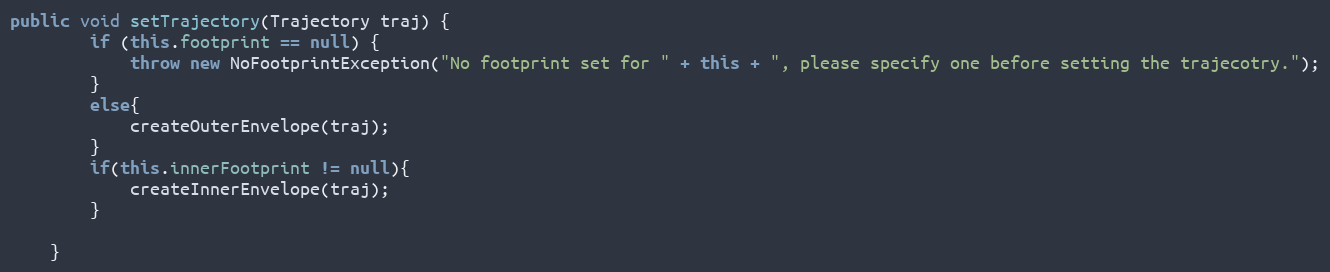
Language: Java
public void setTrajectory(Trajectory traj) {
		if (this.footprint == null) {
			throw new NoFootprintException("No footprint set for " + this + ", please specify one before setting the trajecotry.");
		}
		else{
			createOuterEnvelope(traj);
		}
		if(this.innerFootprint != null){
			createInnerEnvelope(traj);
		}

	}